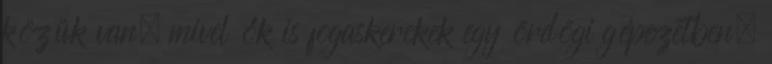
közük van, mivel ők is fogaskerekek egy ördögi gépezetben.